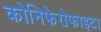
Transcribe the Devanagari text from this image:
कोनिफेरोफाइटा